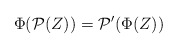
\begin{align*}\Phi( \mathcal{P}(Z)) = \mathcal{P}'(\Phi(Z))\end{align*}